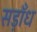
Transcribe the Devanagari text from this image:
सड़ाँध